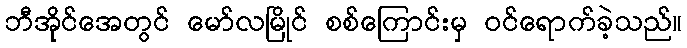
ဘီအိုင်အေတွင် မော်လမြိုင် စစ်ကြောင်းမှ ဝင်ရောက်ခဲ့သည်။